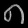
Digit: ၈